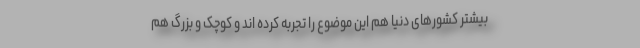
بیشتر کشورهای دنیا هم این موضوع را تجربه کرده اند و کوچک و بزرگ هم